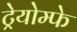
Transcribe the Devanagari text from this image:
ट्रेयोम्फे